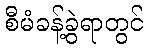
စီမံခန့်ခွဲရာတွင်